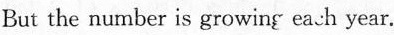
But the number is growing eash year.